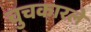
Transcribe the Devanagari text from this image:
चुचकारले